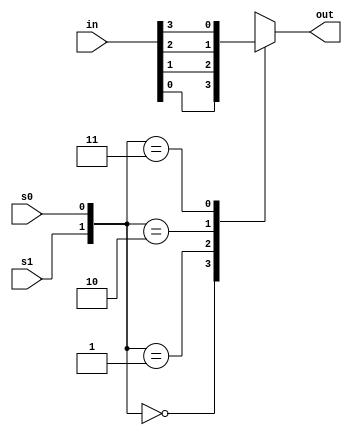
/*
   This file was generated automatically by Alchitry Labs version 1.2.7.
   Do not edit this file directly. Instead edit the original Lucid source.
   This is a temporary file and any changes made to it will be destroyed.
*/

module mux_4_26 (
    input s0,
    input s1,
    input [3:0] in,
    output reg out
  );
  
  
  
  always @* begin
    
    case ({s1, s0})
      2'h0: begin
        out = in[0+0-:1];
      end
      2'h1: begin
        out = in[1+0-:1];
      end
      2'h2: begin
        out = in[2+0-:1];
      end
      2'h3: begin
        out = in[3+0-:1];
      end
      default: begin
        out = 1'h0;
      end
    endcase
  end
endmodule